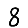
Digit: 8